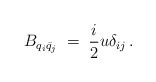
\begin{align*}B_{q_{i} \bar{q}_{j}} \;=\; \frac{i}{2} u \delta_{ij} \, .\end{align*}